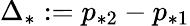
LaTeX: \Delta_{*}:=p_{*2}-p_{*1}